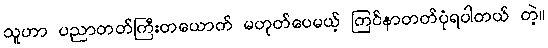
သူဟာ ပညာတတ်ကြီးတယောက် မဟုတ်ပေမယ့် ကြင်နာတတ်ပုံရပါတယ် တဲ့။